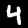
Label: 4